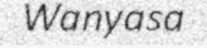
Wanyasa